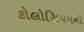
કોલોસિયમનો